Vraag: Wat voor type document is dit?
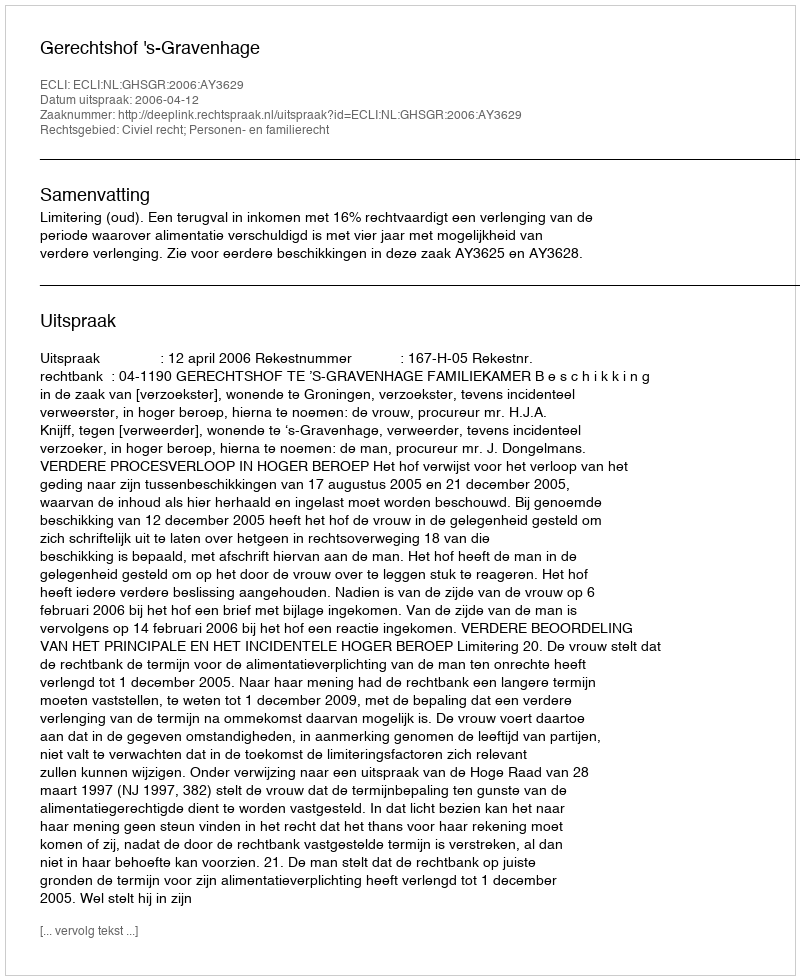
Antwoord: Uitspraak